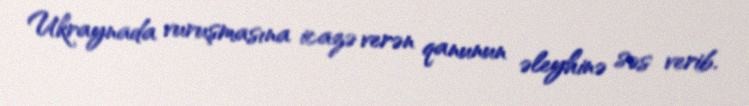
Ukraynada vuruşmasına icazə verən qanunun əleyhinə səs verib.